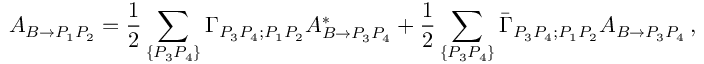
A _ { B \to P _ { 1 } P _ { 2 } } = { \frac { 1 } { 2 } } \sum _ { \{ P _ { 3 } P _ { 4 } \} } \Gamma _ { P _ { 3 } P _ { 4 } ; P _ { 1 } P _ { 2 } } A _ { B \to P _ { 3 } P _ { 4 } } ^ { * } + { \frac { 1 } { 2 } } \sum _ { \{ P _ { 3 } P _ { 4 } \} } \bar { \Gamma } _ { P _ { 3 } P _ { 4 } ; P _ { 1 } P _ { 2 } } A _ { B \to P _ { 3 } P _ { 4 } } \, ,